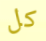
كل